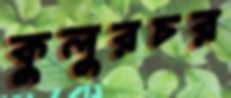
কুলুরচর